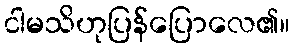
ငါမသိဟုပြန်ပြောလေ၏။